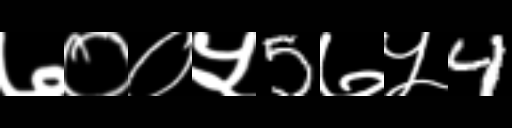
Text: ७००५5७५4